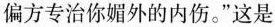
偏方专治你媚外的内伤。”这是